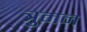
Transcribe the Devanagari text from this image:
त्रुमन